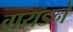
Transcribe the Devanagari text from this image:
वायडने